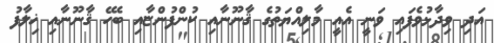
އަދި ވިދާޅުވެފައި ވަނީ އެއީ މާލިއްޔަތުގެ ޤާނޫނާއި ކުންފުންޏާއި ބެހޭ ޤާނޫނާއި ޚިލާފު